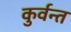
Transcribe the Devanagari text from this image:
कुर्वन्त